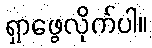
ရှာဖွေလိုက်ပါ။